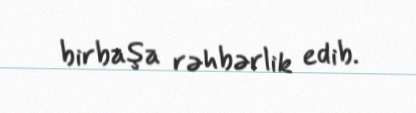
birbaşa rəhbərlik edib.